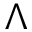
\Lambda